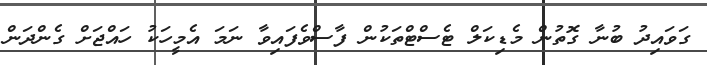
ގަވައިދު ބުނާ ގޮތުން މެޑިކަލް ޓެސްޓްތަކުން ފާސްވެފައިވާ ނަމަ އެމީހަކު ހައްޖަށް ގެންދަން